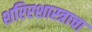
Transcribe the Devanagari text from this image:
शरिरशास्त्राचा